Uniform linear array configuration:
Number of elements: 12
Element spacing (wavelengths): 0.75
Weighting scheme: cosine
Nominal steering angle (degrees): -15
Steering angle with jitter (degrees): -13.552
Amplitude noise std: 0.05
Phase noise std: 0.05

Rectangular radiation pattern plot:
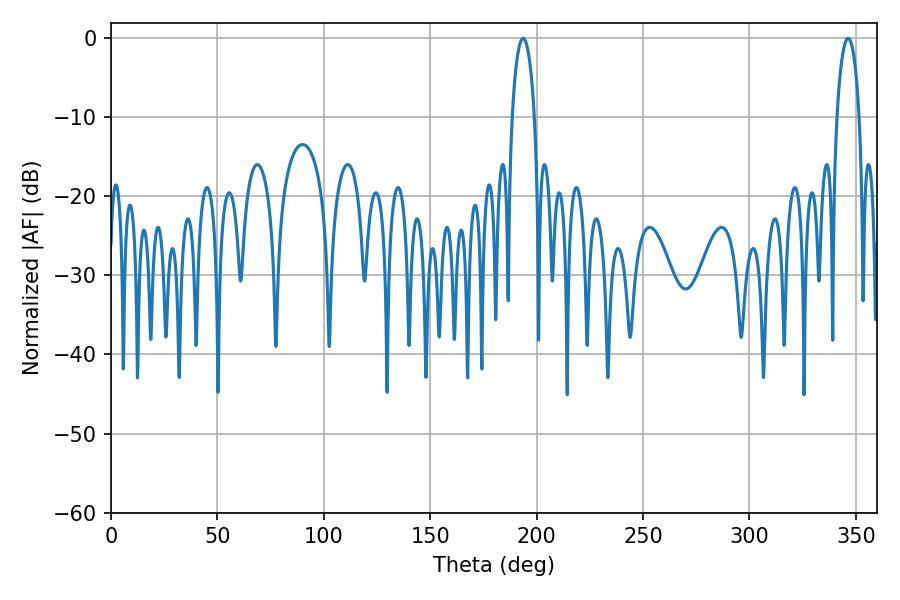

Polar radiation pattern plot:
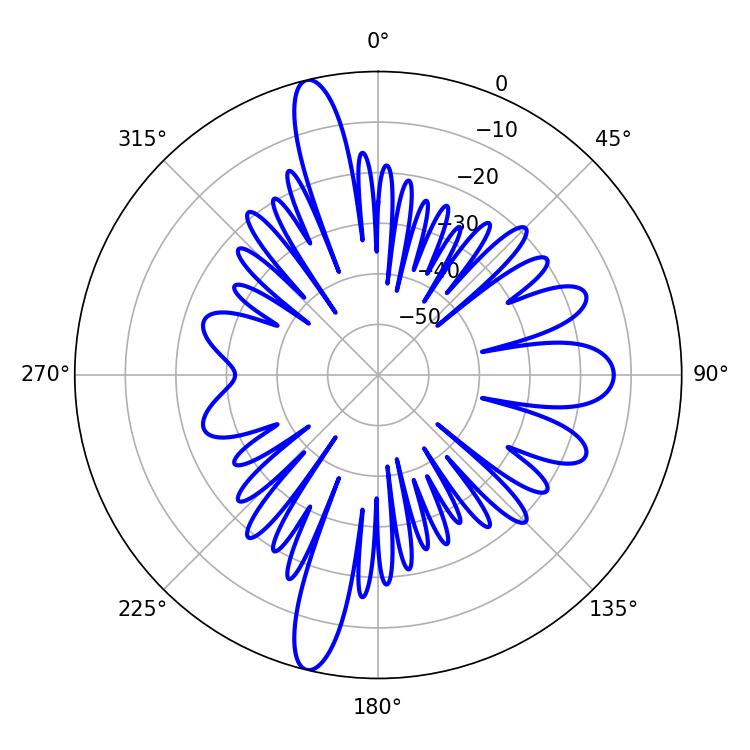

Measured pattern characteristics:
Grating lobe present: TRUE
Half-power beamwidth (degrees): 6.12
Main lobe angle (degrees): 193.68